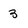
Character: 3